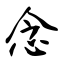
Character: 念